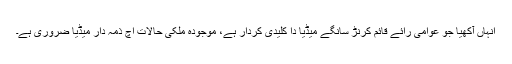
انہاں آکھیا جو عوامی رائے قائم کرنڑ سانگے میڈیا دا کلیدی کردار ہے، موجودہ ملکی حالات اچ ذمہ دار میڈیا ضروری ہے۔